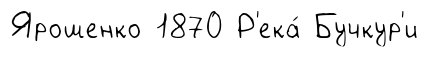
Ярошенко 1870 Р'ека́ Бучкур'и